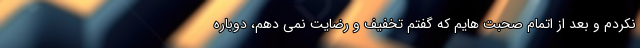
نکردم و بعد از اتمام صحبت هایم که گفتم تخفیف و رضایت نمی دهم، دوباره